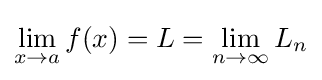
\lim _{x\to a}f(x)=L=\lim _{n\to \infty }L_{n}